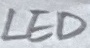
Text: LED